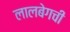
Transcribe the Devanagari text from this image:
लालबेगची